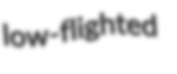
low-flighted